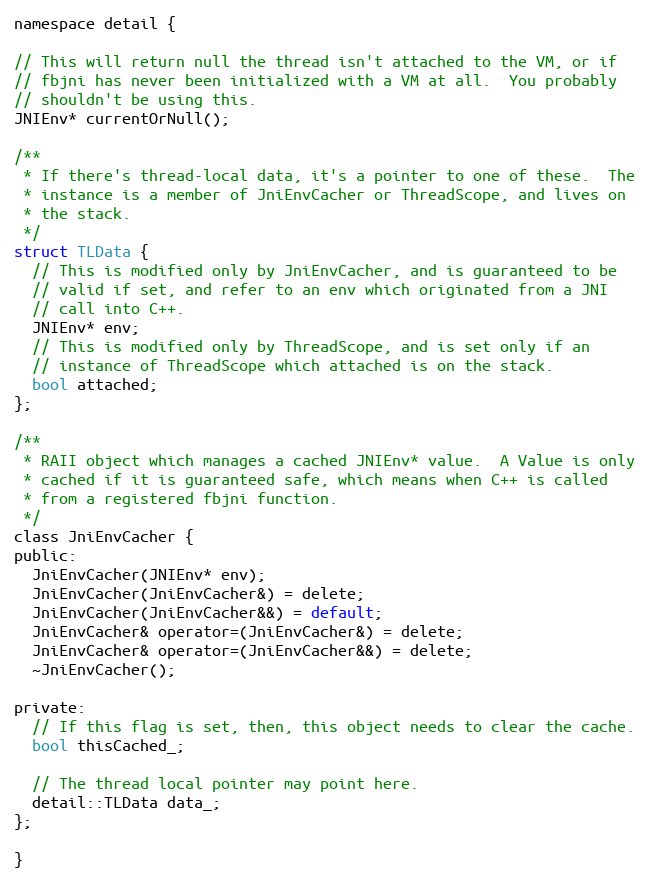
Language: C
namespace detail {

// This will return null the thread isn't attached to the VM, or if
// fbjni has never been initialized with a VM at all.  You probably
// shouldn't be using this.
JNIEnv* currentOrNull();

/**
 * If there's thread-local data, it's a pointer to one of these.  The
 * instance is a member of JniEnvCacher or ThreadScope, and lives on
 * the stack.
 */
struct TLData {
  // This is modified only by JniEnvCacher, and is guaranteed to be
  // valid if set, and refer to an env which originated from a JNI
  // call into C++.
  JNIEnv* env;
  // This is modified only by ThreadScope, and is set only if an
  // instance of ThreadScope which attached is on the stack.
  bool attached;
};

/**
 * RAII object which manages a cached JNIEnv* value.  A Value is only
 * cached if it is guaranteed safe, which means when C++ is called
 * from a registered fbjni function.
 */
class JniEnvCacher {
public:
  JniEnvCacher(JNIEnv* env);
  JniEnvCacher(JniEnvCacher&) = delete;
  JniEnvCacher(JniEnvCacher&&) = default;
  JniEnvCacher& operator=(JniEnvCacher&) = delete;
  JniEnvCacher& operator=(JniEnvCacher&&) = delete;
  ~JniEnvCacher();

private:
  // If this flag is set, then, this object needs to clear the cache.
  bool thisCached_;

  // The thread local pointer may point here.
  detail::TLData data_;
};

}